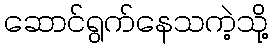
ဆောင်ရွက်နေသကဲ့သို့